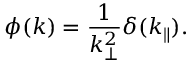
\phi ( k ) = \frac { 1 } { k _ { \bot } ^ { 2 } } \delta ( k _ { \parallel } ) .